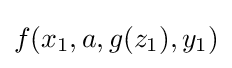
f(x_{1},a,g(z_{1}),y_{1})